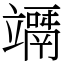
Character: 竵